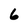
Character: 6